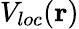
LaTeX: V_{loc}({\mathbf r})